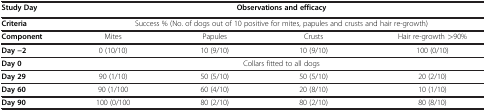
<table><thead><tr><td><b>Study Day</b></td><td colspan="4"><b>Observations and efficacy</b></td></tr></thead><tbody><tr><td><b>Criteria</b></td><td colspan="4">Success % (No. of dogs out of 10 positive for mites, papules and crusts and hair re-growth)</td></tr><tr><td><b>Component</b></td><td>Mites</td><td>Papules</td><td>Crusts</td><td>Hair re-growth &gt;90%</td></tr><tr><td><b>Day −2</b></td><td>0 (10/10)</td><td>10 (9/10)</td><td>10 (9/10)</td><td>100 (0/10)</td></tr><tr><td><b>Day 0</b></td><td colspan="4">Collars fitted to all dogs</td></tr><tr><td><b>Day 29</b></td><td>90 (1/10)</td><td>50 (5/10)</td><td>50 (5/10)</td><td>20 (2/10)</td></tr><tr><td><b>Day 60</b></td><td>90 (1/100</td><td>60 (4/10)</td><td>20 (8/10)</td><td>10 (1/10)</td></tr><tr><td><b>Day 90</b></td><td>100 (0/100</td><td>80 (2/10)</td><td>80 (2/10)</td><td>80 (8/10)</td></tr></tbody></table>